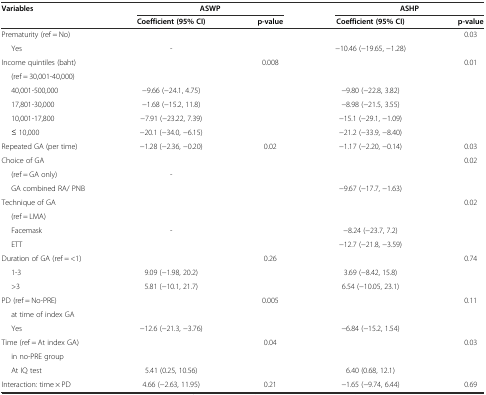
<table><thead><tr><td><b>Variables</b></td><td colspan="2"><b>ASWP</b></td><td colspan="2"><b>ASHP</b></td></tr><tr><td></td><td><b>Coefficient (95%CI)</b></td><td><b>p-value</b></td><td><b>Coefficient (95%CI)</b></td><td><b>p-value</b></td></tr></thead><tbody><tr><td>Prematurity (ref = No)</td><td></td><td></td><td></td><td>0.03</td></tr><tr><td>Yes</td><td>-</td><td></td><td>−10.46 (−19.65, −1.28)</td><td></td></tr><tr><td>Income quintiles (baht)</td><td></td><td>0.008</td><td></td><td>0.01</td></tr><tr><td>(ref = 30,001-40,000)</td><td></td><td></td><td></td><td></td></tr><tr><td>40,001-500,000</td><td>−9.66 (−24.1, 4.75)</td><td></td><td>−9.80 (−22.8, 3.82)</td><td></td></tr><tr><td>17,801-30,000</td><td>−1.68 (−15.2, 11.8)</td><td></td><td>−8.98 (−21.5, 3.55)</td><td></td></tr><tr><td>10,001-17,800</td><td>−7.91 (−23.22, 7.39)</td><td></td><td>−15.1 (−29.1, −1.09)</td><td></td></tr><tr><td>≤ 10,000</td><td>−20.1 (−34.0, −6.15)</td><td></td><td>−21.2 (−33.9, −8.40)</td><td></td></tr><tr><td>Repeated GA (per time)</td><td>−1.28 (−2.36, −0.20)</td><td>0.02</td><td>−1.17 (−2.20, −0.14)</td><td>0.03</td></tr><tr><td>Choice of GA</td><td></td><td></td><td></td><td>0.02</td></tr><tr><td>(ref = GA only)</td><td>-</td><td></td><td></td><td></td></tr><tr><td>GA combined RA/ PNB</td><td></td><td></td><td>−9.67 (−17.7, −1.63)</td><td></td></tr><tr><td>Technique of GA</td><td></td><td></td><td></td><td>0.02</td></tr><tr><td>(ref = LMA)</td><td></td><td></td><td></td><td></td></tr><tr><td>Facemask</td><td>-</td><td></td><td>−8.24 (−23.7, 7.2)</td><td></td></tr><tr><td>ETT</td><td></td><td></td><td>−12.7 (−21.8, −3.59)</td><td></td></tr><tr><td>Duration of GA (ref = &lt;1)</td><td></td><td>0.26</td><td></td><td>0.74</td></tr><tr><td>1-3</td><td>9.09 (−1.98, 20.2)</td><td></td><td>3.69 (−8.42, 15.8)</td><td></td></tr><tr><td>&gt;3</td><td>5.81 (−10.1, 21.7)</td><td></td><td>6.54 (−10.05, 23.1)</td><td></td></tr><tr><td>PD (ref = No-PRE)</td><td></td><td>0.005</td><td></td><td>0.11</td></tr><tr><td>at time of index GA</td><td></td><td></td><td></td><td></td></tr><tr><td>Yes</td><td>−12.6 (−21.3, −3.76)</td><td></td><td>−6.84 (−15.2, 1.54)</td><td></td></tr><tr><td>Time (ref = At index GA)</td><td></td><td>0.04</td><td></td><td>0.03</td></tr><tr><td>in no-PRE group</td><td></td><td></td><td></td><td></td></tr><tr><td>At IQ test</td><td>5.41 (0.25, 10.56)</td><td></td><td>6.40 (0.68, 12.1)</td><td></td></tr><tr><td>Interaction: time × PD</td><td>4.66 (−2.63, 11.95)</td><td>0.21</td><td>−1.65 (−9.74, 6.44)</td><td>0.69</td></tr></tbody></table>